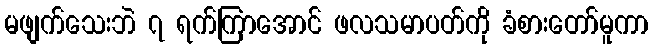
မဖျက်သေးဘဲ ၇ ရက်ကြာအောင် ဖလသမာပတ်ကို ခံစားတော်မူကာ